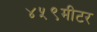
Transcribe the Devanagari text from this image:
४५९मीटर